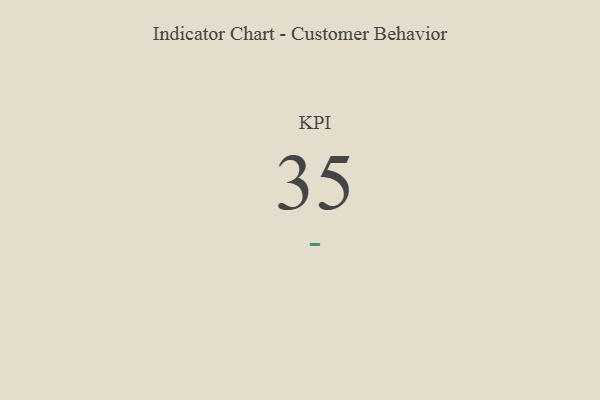
{"axis": {"x": "KPI", "y": "Value"}, "legend": [""], "data": [{"x": "KPI", "y": 35, "type": ""}]}